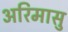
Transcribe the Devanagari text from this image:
अरिमासु